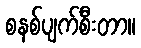
စနစ်ပျက်စီးတာ။